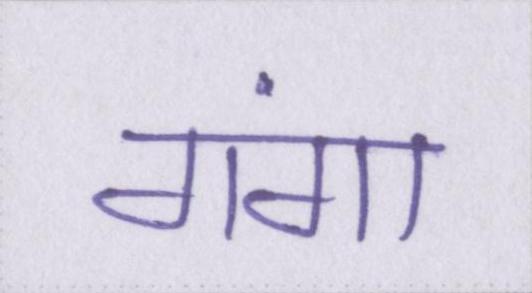
गंगा